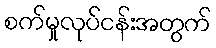
စက်မှုလုပ်ငန်းအတွက်